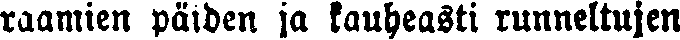
raamien päiden ja kauheasti runneltujen